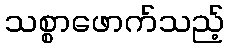
သစ္စာဖောက်သည့်